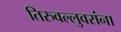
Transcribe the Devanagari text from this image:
तिरुवल्लुवरांना